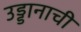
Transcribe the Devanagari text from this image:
उड्डानाची